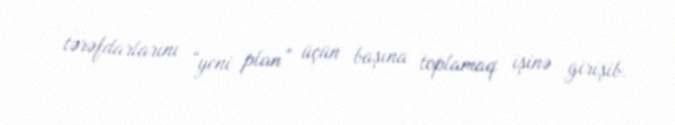
tərəfdarlarını “yeni plan” üçün başına toplamaq işinə girişib.